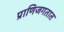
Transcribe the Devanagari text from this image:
प्राणिजगतात